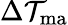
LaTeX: \Delta\mathcal{T}_{\mathrm{{ma}}}